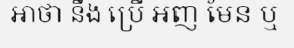
អាថា នឹង ប្រើ អញ មែន ឬ